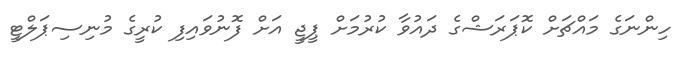
ހިންނަގެ މައްޗަށް ކޮޕަރަޝްގެ ދައުވާ ކުރުމަށް ޕީޖީ އަށް ފޮނުވައިފި ކުރީގެ މުނިސިޕަލްޓީ